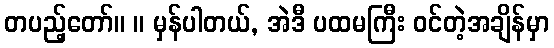
တပည့်တော်။ ။ မှန်ပါတယ်, အဲဒီ ပထမကြီး ဝင်တဲ့အချိန်မှာ